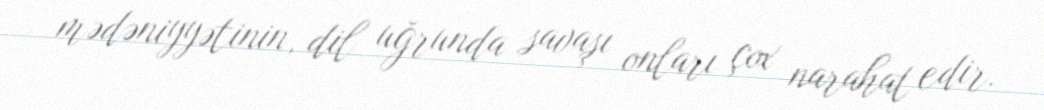
mədəniyyətinin, dil uğrunda savaşı onları çox narahat edir.